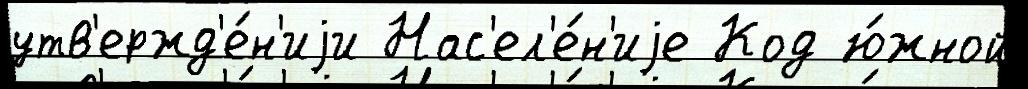
утв'ержд'е́н'иjи Нас'ел'е́н'иjе Код ю́жной